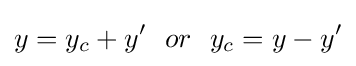
y=y_{c}+y'\ \ or\ \ y_{c}=y-y'